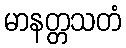
မာနတ္တသတံ